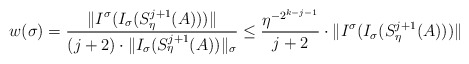
\begin{align*}w(\sigma) = \frac{\|I^\sigma(I_\sigma(S_\eta^{j+1}(A)))\|}{(j+2) \cdot \|I_\sigma(S_\eta^{j+1}(A))\|_\sigma}\leq \frac{\eta^{-2^{k-j-1}}}{j+2} \cdot \|I^\sigma(I_\sigma(S_\eta^{j+1}(A)))\|\end{align*}